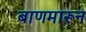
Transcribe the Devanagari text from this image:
बाणमारून